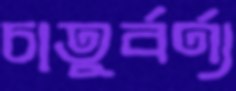
চাতুর্বর্ণ্য